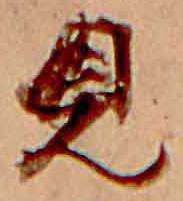
見